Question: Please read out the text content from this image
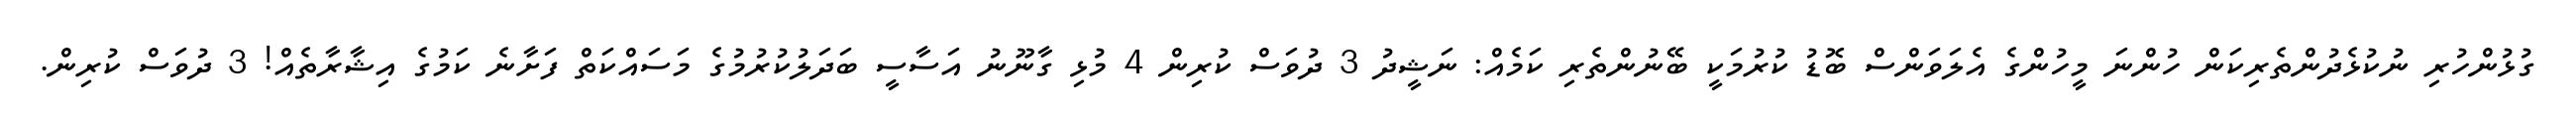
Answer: ގުޅުންހުރި ނުކުޅެދުންތެރިކަން ހުންނަ މީހުންގެ އެލަވަންސް ބޮޑު ކުރުމަކީ ބޭނުންތެރި ކަމެއް: ނަޝީދު 3 ދުވަސް ކުރިން 4 މުޅި ގާނޫނު އަސާސީ ބަދަލުކުރުމުގެ މަސައްކަތް ފަށާނެ ކަމުގެ އިޝާރާތެއް! 3 ދުވަސް ކުރިން.